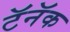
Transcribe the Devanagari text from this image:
टॅनॅक